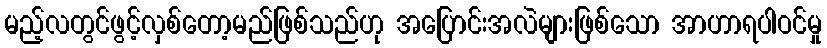
မည့်လတွင်ဖွင့်လှစ်တော့မည်ဖြစ်သည်ဟု အပြောင်းအလဲများဖြစ်သော အာဟာရပါဝင်မှု